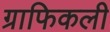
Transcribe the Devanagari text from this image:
ग्राफिकली